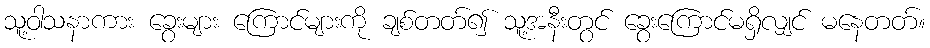
သူ့ဝါသနာကား ခွေးများ ကြောင်များကို ချစ်တတ်၍ သူ့အနီးတွင် ခွေးကြောင်မရှိလျှင် မနေတတ်။